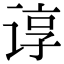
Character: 谆